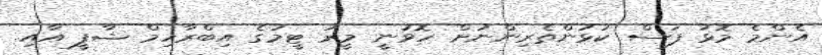
އެންމެ މޮޅު ފަސް ކުޅުންތެރިންނަށް ހޮވުނީ މީރު ޓީމުގެ އިބްރާހިމް ޝާފީ އާއި